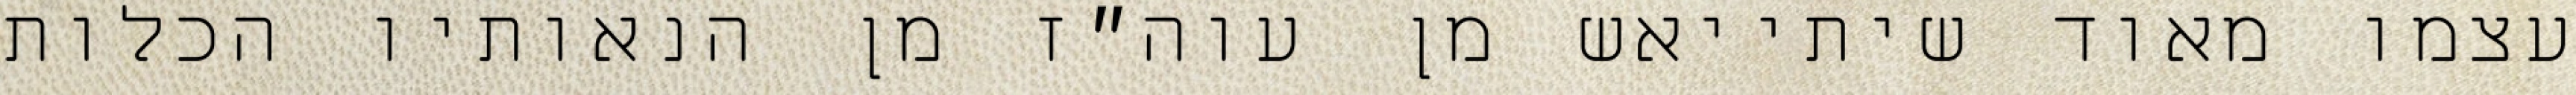
עצמו מאוד שיתייאש מן עוה״ז מן הנאותיו הכלות